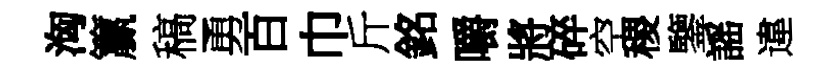
洶籯稿勇百巾斤銘嚼將碎空稷鑒謡違